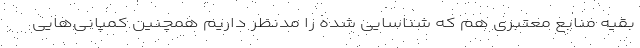
بقیه منابع معتبری هم که شناسایی شده را مدنظر داریم همچنین کمپانی‌هایی